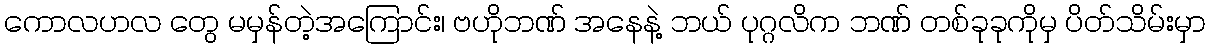
ကောလဟလ တွေ မမှန်တဲ့အကြောင်း၊ ဗဟိုဘဏ် အနေနဲ့ ဘယ် ပုဂ္ဂလိက ဘဏ် တစ်ခုခုကိုမှ ပိတ်သိမ်းမှာ